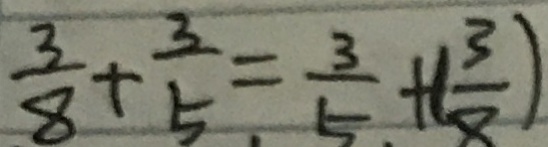
\frac { 3 } { 8 } + \frac { 3 } { 5 } = \frac { 3 } { 5 } + ( \frac { 3 } { 8 } )